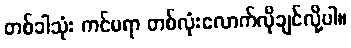
တစ်ခါသုံး ကင်မရာ တစ်လုံးလောက်လိုချင်လို့ပါ။